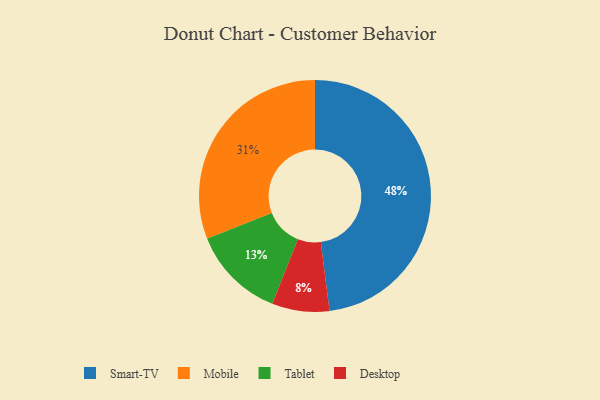
{"axis": {"x": "Category", "y": "Percentage"}, "legend": ["Desktop", "Mobile", "Smart-TV", "Tablet"], "data": [{"x": "Mobile", "y": 31, "type": "Mobile"}, {"x": "Desktop", "y": 8, "type": "Desktop"}, {"x": "Tablet", "y": 13, "type": "Tablet"}, {"x": "Smart-TV", "y": 48, "type": "Smart-TV"}]}